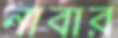
নাবার